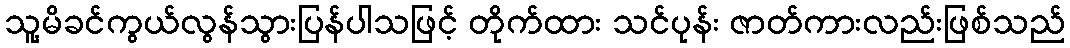
သူ့မိခင်ကွယ်လွန်သွားပြန်ပါသဖြင့် တိုက်ထား သင်ပုန်း ဇာတ်ကားလည်းဖြစ်သည်